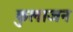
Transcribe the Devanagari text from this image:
कुलाजन